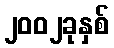
၂၀၀၂ခုနှစ်